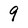
Character: 9